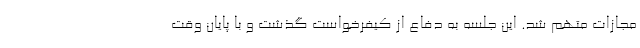
مجازات متهم شد. این جلسه به دفاع از کیفرخواست گذشت و با پایان وقت